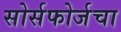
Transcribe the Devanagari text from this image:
सोर्सफोर्जचा